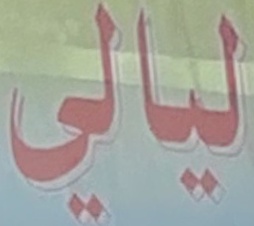
لیالي